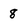
Character: 8